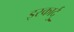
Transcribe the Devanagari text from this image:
इस्कार्दु